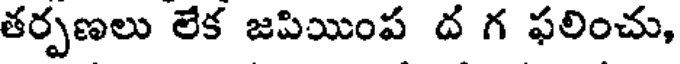
తర్పణలు లేక జపియింప ద గ ఫలించు,